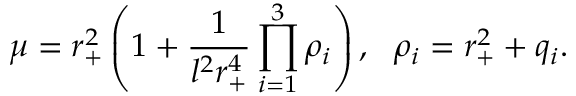
\mu = r _ { + } ^ { 2 } \left( 1 + \frac { 1 } { l ^ { 2 } r _ { + } ^ { 4 } } \prod _ { i = 1 } ^ { 3 } \rho _ { i } \right) , \ \ \rho _ { i } = r _ { + } ^ { 2 } + q _ { i } .